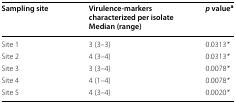
| Sampling site | Virulence-markers characterized per isolateMedian (range) | p valuea |
 | --- | --- | --- |
 | Site 1 | 3 (3–3) | 0.0313* |
 | Site 2 | 4 (3–4) | 0.0313* |
 | Site 3 | 3 (3–4) | 0.0078* |
 | Site 4 | 4 (1–4) | 0.0078* |
 | Site 5 | 4 (3–4) | 0.0020* |